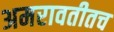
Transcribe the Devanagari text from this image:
अमरावतीतच